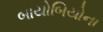
બાયોબિયોના